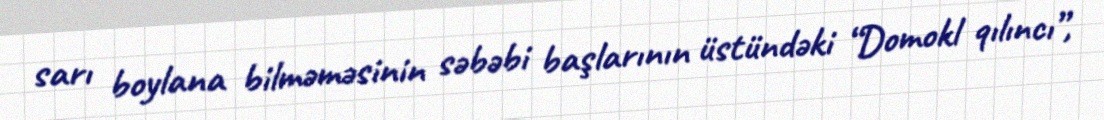
sarı boylana bilməməsinin səbəbi başlarının üstündəki “Domokl qılıncı”,